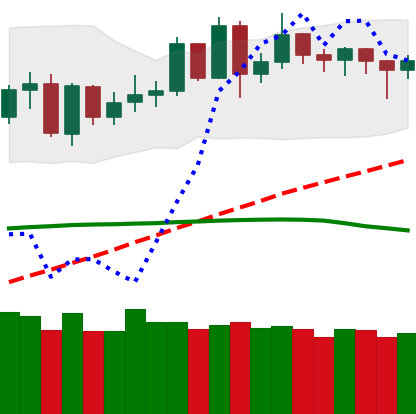
Ticker: DOGE-USD
Chart end date: 2020-06-10
Forward return: -4.063%
Label: down_3_5